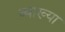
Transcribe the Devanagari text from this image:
व्याख्‍या